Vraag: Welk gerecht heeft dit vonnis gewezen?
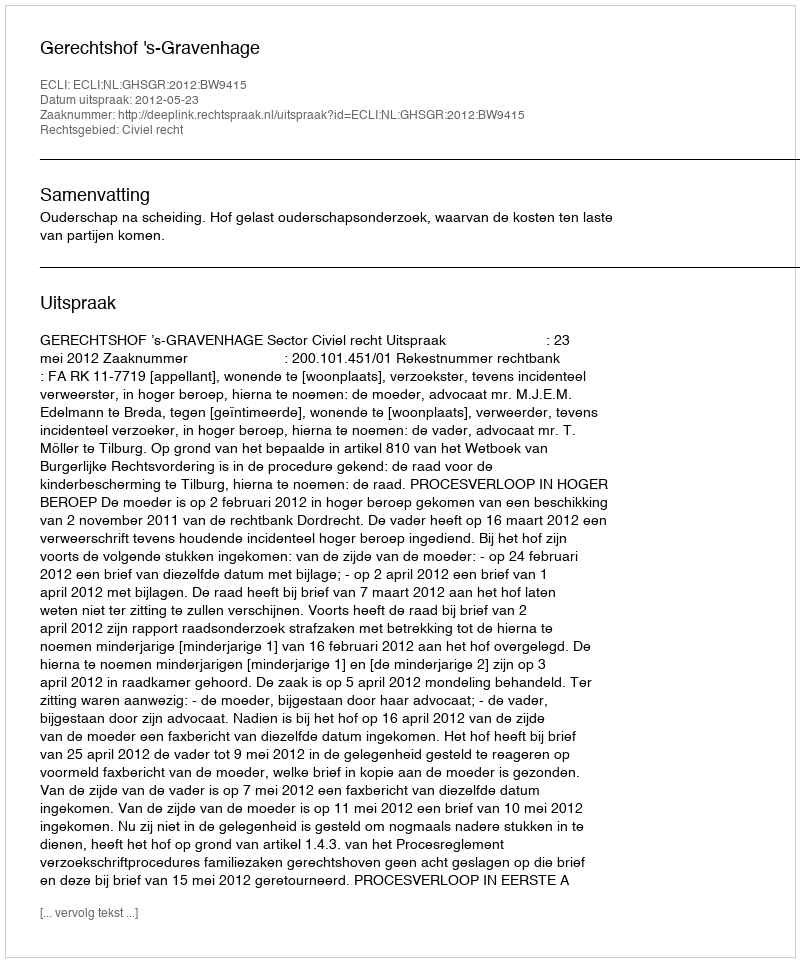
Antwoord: Gerechtshof 's-Gravenhage